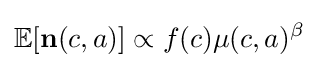
\mathbb {E} [\mathbf {n} (c,a)]\propto f(c)\mu (c,a)^{\beta }